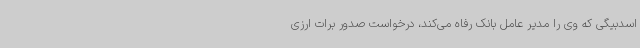
اسدبیگی که وی را مدیر عامل بانک رفاه می‌کند، درخواست صدور برات ارزی